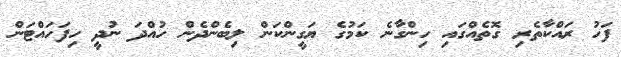
ފަހު ރައްކާތެރި ގޮތެއްގައި ހިންގާނެ ކަމުގެ ޔަގީންކަން ލިބެންދެން ހުއްދަ ނުދީ ހިފަހައްޓަން